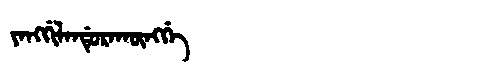
Manchu: ᠶᠠᠩᡤᡳᠯᠠᠨᡩᡠᡵᠠᡴᡡᠩᡤᡝ
Romanization: YANGGILANDURAKŪNGGE